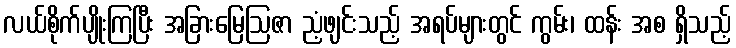
လယ်စိုက်ပျိုးကြပြီး အခြားမြေဩဇာ ညံ့ဖျင်းသည့် အရပ်များတွင် ကွမ်း၊ ထန်း အစ ရှိသည့်